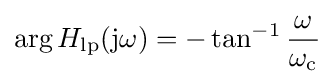
\arg H_{\text{lp}}(\mathrm {j} \omega )=-\tan ^{-1}{\frac {\omega }{\omega _{\text{c}}}}